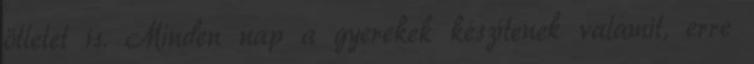
ötletet is. Minden nap a gyerekek készítenek valamit, erre